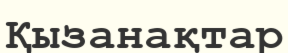
Қызанақтар